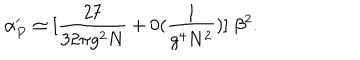
LaTeX: \alpha _ { P } ^ { \prime } \simeq [ { \frac { 2 7 } { 3 2 \pi g ^ { 2 } N } } + 0 ( \frac { 1 } { g ^ { 4 } N ^ { 2 } } ) ] \; { \beta ^ { 2 } } .